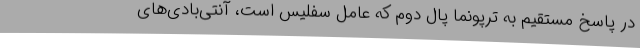
در پاسخ مستقیم به ترپونما پال دوم که عامل سفلیس است، آنتی‌بادی‌های